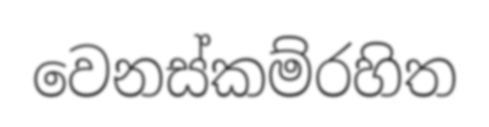
වෙනස්කම්රහිත